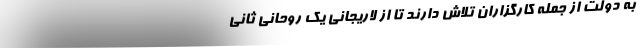
به دولت از جمله کارگزاران تلاش دارند تا از لاریجانی یک روحانی ثانی